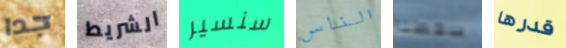
جدا الشريط سنسير الناس سقطنا قدرها